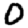
Digit: 0